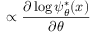
\propto \frac { \partial \log \psi _ { \theta } ^ { * } ( x ) } { \partial \theta }